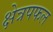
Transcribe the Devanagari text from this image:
क्षेत्रपफल